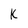
Character: k